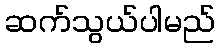
ဆက်သွယ်ပါမည်